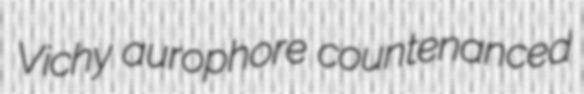
Vichy aurophore countenanced